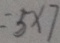
= 5 \times 7